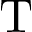
\mathrm { T }